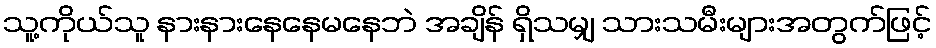
သူ့ကိုယ်သူ နားနားနေနေမနေဘဲ အချိန် ရှိသမျှ သားသမီးများအတွက်ဖြင့်